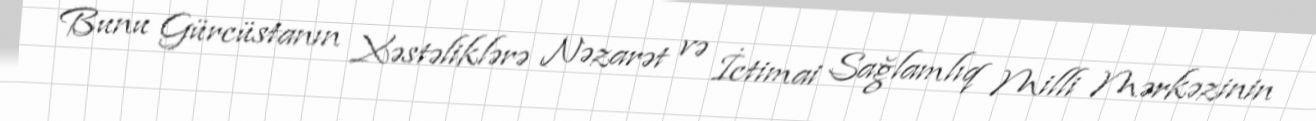
Bunu Gürcüstanın Xəstəliklərə Nəzarət və İctimai Sağlamlıq Milli Mərkəzinin